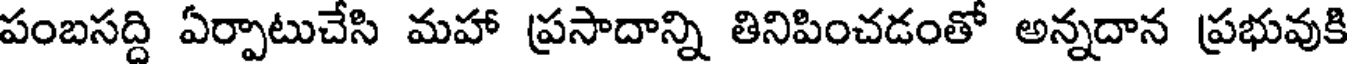
పంబసద్ది ఏర్పాటుచేసి మహా ప్రసాదాన్ని తినిపించడంతో అన్నదాన ప్రభువుకి